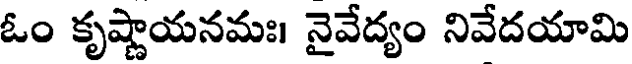
ఓం కృష్ణాయనమః। నైవేద్యం నివేదయామి